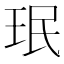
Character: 珉